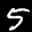
Label: 5